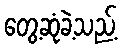
တွေ့ဆုံခဲ့သည့်